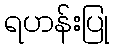
ရဟန်းပြု